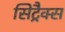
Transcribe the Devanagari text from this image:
सिट्रैक्स